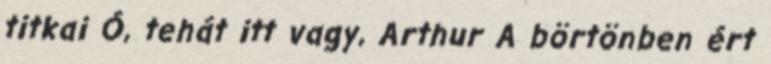
titkai Ó, tehát itt vagy, Arthur A börtönben ért